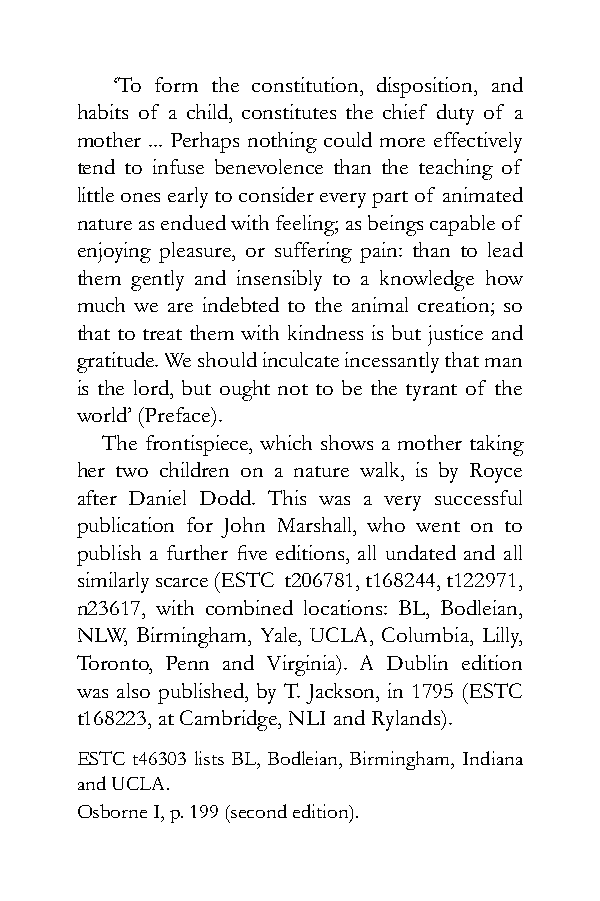
‘To form the constitution, disposition, and
 habits of a child, constitutes the chief duty of a
 mother ... Perhaps nothing could more effectively
 tend to infuse benevolence than the teaching of
 little ones early to consider every part of animated
 nature as endued with feeling; as beings capable of
 enjoying pleasure, or suffering pain: than to lead
 them gently and insensibly to a knowledge how
 much we are indebted to the animal creation; so
 that to treat them with kindness is but justice and
 gratitude. We should inculcate incessantly that man
 is the lord, but ought not to be the tyrant of the
 world’ (Preface).
 The frontispiece, which shows a mother taking
 her two children on a nature walk, is by Royce
 after Daniel Dodd. This was a very successful
 publication for John Marshall, who went on to
 publish a further five editions, all undated and all
 similarly scarce (ESTC t206781, t168244, t122971,
 n23617, with combined locations: BL, Bodleian,
 NLW, Birmingham, Yale, UCLA, Columbia, Lilly,
 Toronto, Penn and Virginia). A Dublin edition
 was also published, by T. Jackson, in 1795 (ESTC
 t168223, at Cambridge, NLI and Rylands).
 ESTC t46303 lists BL, Bodleian, Birmingham, Indiana
 and UCLA.
 Osborne I, p. 199 (second edition).